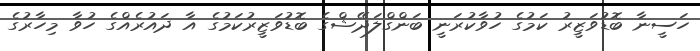
ހަސީނާ ބޮޑުވަޒީރު ކަމުގެ ހުވާކުރަނީ ބަންގްލަދޭޝްގެ ބޮޑުވަޒީރުކަމުގެ އާ ދައުރެއްގެ ހުވާ މިހާރުގެ